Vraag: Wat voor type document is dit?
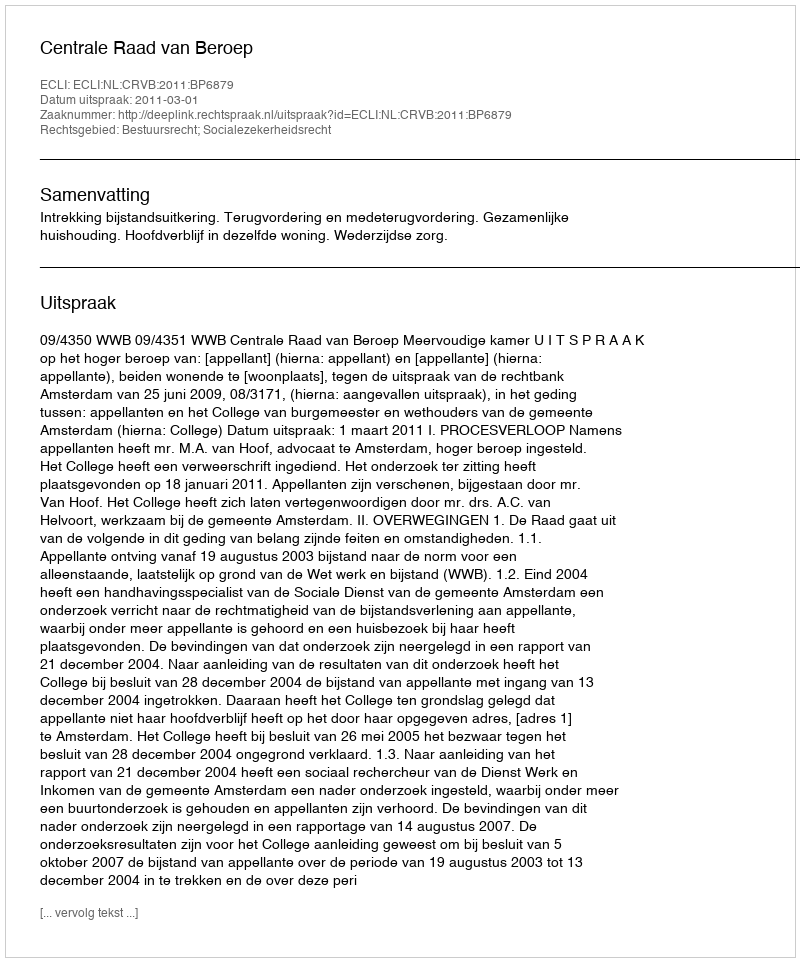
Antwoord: Uitspraak